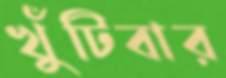
খুঁটিবার